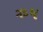
ઋષ